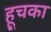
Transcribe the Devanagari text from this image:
हूचका